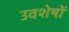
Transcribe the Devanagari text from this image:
उवशेषों